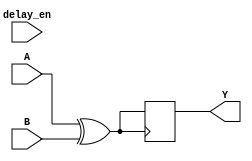
module xor_delay (
    input wire A,
    input wire B,
    input wire delay_en,
    output reg Y
);

reg delayed_output;

always @ (A or B) begin
    if (delay_en) begin
        #10 delayed_output <= A ^ B;
    end else begin
        delayed_output <= A ^ B;
    end
end

always @ (posedge delayed_output) begin
    Y <= delayed_output;
end

endmodule